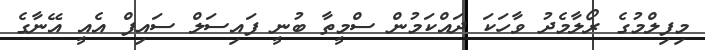
މިފިލްމުގެ ރޯލާމެދު ވާހަކަ ދައްކަމުން ސްމީތާ ބުނީ ފައިސަލް ސައިފް އެއީ އޭނާގެ